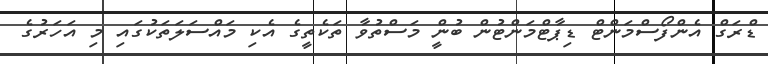
ޑްރަގް އެންފޯސްމަންޓް ޑިޕާޓްމަންޓުން ބުންީ މަސްތުވާ ތަކެތީގެ އެކި މައްސަލަތަކުގައި މި އަހަރުގެ